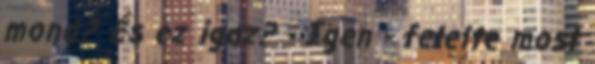
mond? És ez igaz? - Igen - felelte most